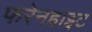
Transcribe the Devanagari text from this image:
फरेनहाइट